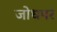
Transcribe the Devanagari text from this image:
जोधपर